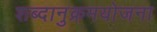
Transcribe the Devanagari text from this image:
शब्दानुक्रमयोजना